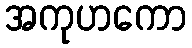
အကုဟကော